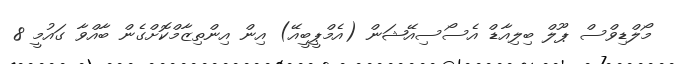
މޯލްޑިވްސް ޕޫލް ބިލިއާޑް އެސޯސިއޭޝަން (އެމްޕީބީއޭ) އިން އިންތިޒާމްކޮށްގެން ބާއްވާ ގައުމީ 8